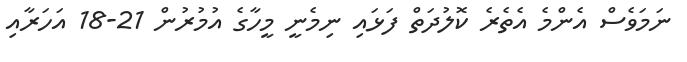
ނަމަވެސް އެންމެ އެތެރެ ކޮލުދަތް ފަޅައި ނިމެނީ މީހާގެ އުމުރުން 21-18 އަހަރާއި